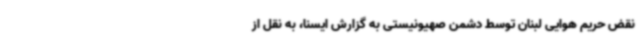
نقض حریم هوایی لبنان توسط دشمن صهیونیستی به گزارش ایسنا، به نقل از